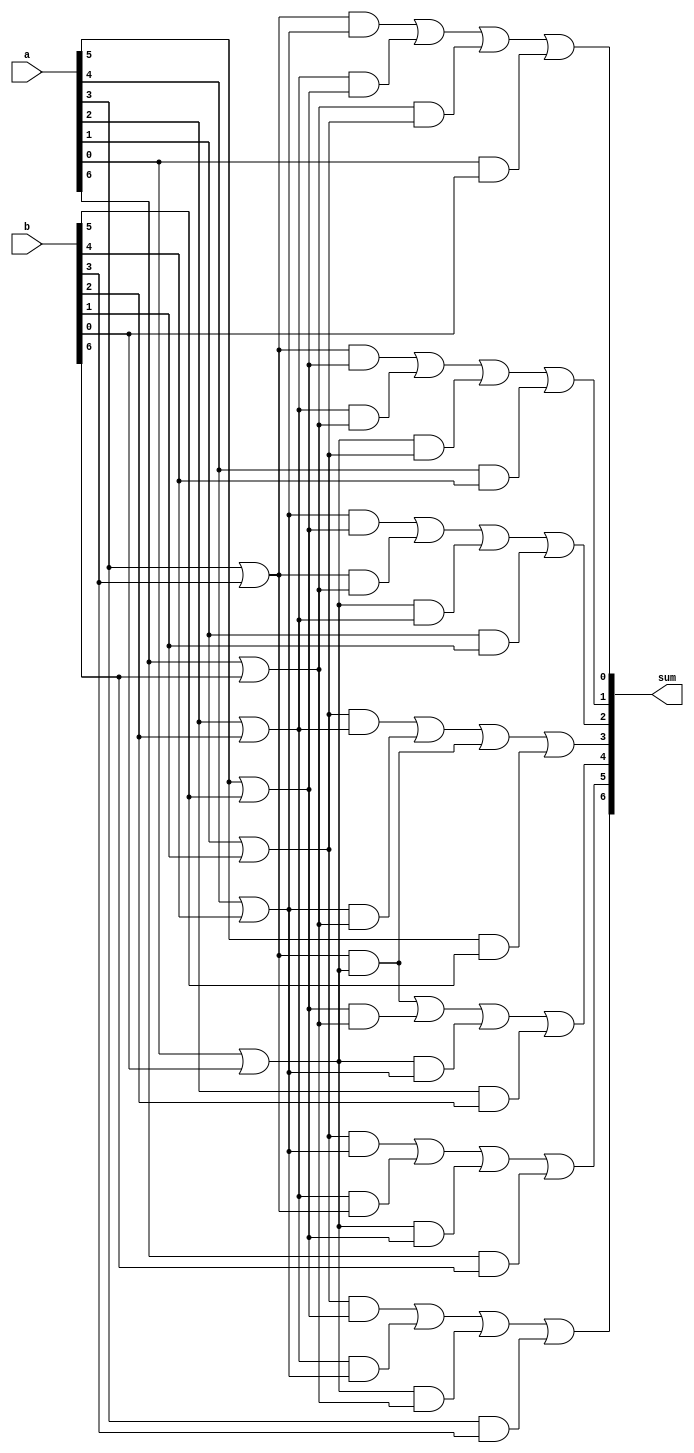
`timescale 1ns / 1ps
module ohc_7_modulo_adder(a,b,sum);
    input [6:0]a,b;
    output [6:0]sum;
    
    wire [14:1]stage1;
    wire [21:1]stage2;

    assign stage1[14] = (a[6] & b[6]);
    assign stage1[13] = (a[6] | b[6]);
    assign stage1[12] = (a[5] & b[5]);
    assign stage1[11] = (a[5] | b[5]);
    assign stage1[10] = (a[4] & b[4]);
    assign stage1[9]  = (a[4] | b[4]);
    assign stage1[8]  = (a[3] & b[3]);
    assign stage1[7]  = (a[3] | b[3]);
    assign stage1[6]  = (a[2] & b[2]);
    assign stage1[5]  = (a[2] | b[2]);
    assign stage1[4]  = (a[1] & b[1]);
    assign stage1[3]  = (a[1] | b[1]);
    assign stage1[2]  = (a[0] & b[0]);
    assign stage1[1]  = (a[0] | b[0]);

    assign stage2[21] = (stage1[3] & stage1[11]);
    assign stage2[20] = (stage1[5] & stage1[9]);
    assign stage2[19] = (stage1[1] & stage1[13]);
    assign stage2[18] = (stage1[3] & stage1[9]);
    assign stage2[17] = (stage1[5] & stage1[7]);
    assign stage2[16] = (stage1[1] & stage1[11]);
    assign stage2[15] = (stage1[7] & stage1[1]);
    assign stage2[14] = (stage1[11]& stage1[13]);
    assign stage2[13] = (stage1[1] & stage1[9]);
    assign stage2[12] = (stage1[3] & stage1[5]);
    assign stage2[11] = (stage1[9] & stage1[13]);
    assign stage2[10] = (stage1[1] & stage1[7]);
    assign stage2[9]  = (stage1[9] & stage1[11]);
    assign stage2[8]  = (stage1[7] & stage1[13]);
    assign stage2[7]  = (stage1[1] & stage1[5]);
    assign stage2[6]  = (stage1[7] & stage1[11]);
    assign stage2[5]  = (stage1[5] & stage1[13]);
    assign stage2[4]  = (stage1[1] & stage1[3]);
    assign stage2[3]  = (stage1[7] & stage1[9]);
    assign stage2[2]  = (stage1[5] & stage1[11]);
    assign stage2[1]  = (stage1[13]& stage1[3]);

    assign sum[6] = (stage2[21] | stage2[20] | stage2[19] | stage1[8]);
    assign sum[5] = (stage2[18] | stage2[17] | stage2[16] | stage1[14]);
    assign sum[4] = (stage2[15] | stage2[14] | stage2[13] | stage1[6]);
    assign sum[3] = (stage2[12] | stage2[11] | stage2[10] | stage1[12]);
    assign sum[2] = (stage2[9]  | stage2[8]  | stage2[7]  | stage1[4]);
    assign sum[1] = (stage2[6]  | stage2[5]  | stage2[4]  | stage1[10]);
    assign sum[0] = (stage2[3]  | stage2[2]  | stage2[1]  | stage1[2]);

endmodule